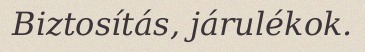
Biztosítás, járulékok.